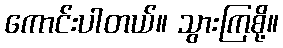
ကောင်းပါတယ်။ သွားကြစို့။